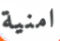
امنية